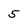
Character: 5